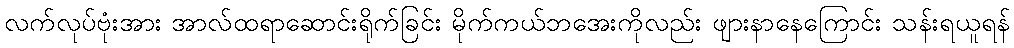
လက်လုပ်ဗုံးအား အာလ်ထရာဆောင်းရိုက်ခြင်း မိုက်ကယ်ဘအေးကိုလည်း ဖျားနာနေကြောင်း သန်းရယူရန်